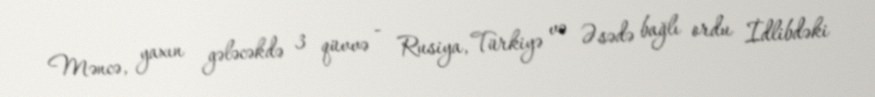
Məncə, yaxın gələcəkdə 3 qüvvə - Rusiya, Türkiyə və Əsədə bağlı ordu İdlibdəki